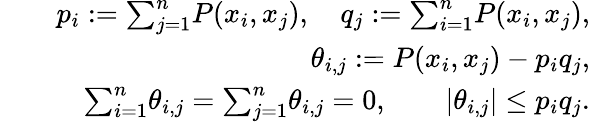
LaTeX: \begin{array}{rlr}&{}&{p_{i}:={\sum}_{j=1}^{n}P(x_{i},x_{j}),\quad q_{j}:={\sum}_{i=1}^{n}P(x_{i},x_{j}),}\\ &{}&{\theta_{i,j}:=P(x_{i},x_{j})-p_{i}q_{j},}\\ &{}&{{\sum}_{i=1}^{n}\theta_{i,j}={\sum}_{j=1}^{n}\theta_{i,j}=0,\qquad|\theta_{i,j}|\leq p_{i}q_{j}.}\end{array}